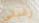
رغباتي